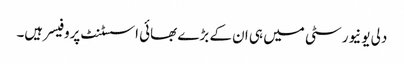
دلی یونیورسٹی میں ہی ان کے بڑے بھائی اسسٹنٹ پروفیسر ہیں۔